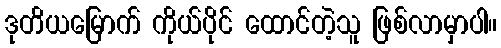
ဒုတိယမြောက် ကိုယ်ပိုင် ထောင်တဲ့သူ ဖြစ်လာမှာပါ။